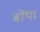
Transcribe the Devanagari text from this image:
बोंथा